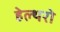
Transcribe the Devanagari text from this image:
हेल्थरो